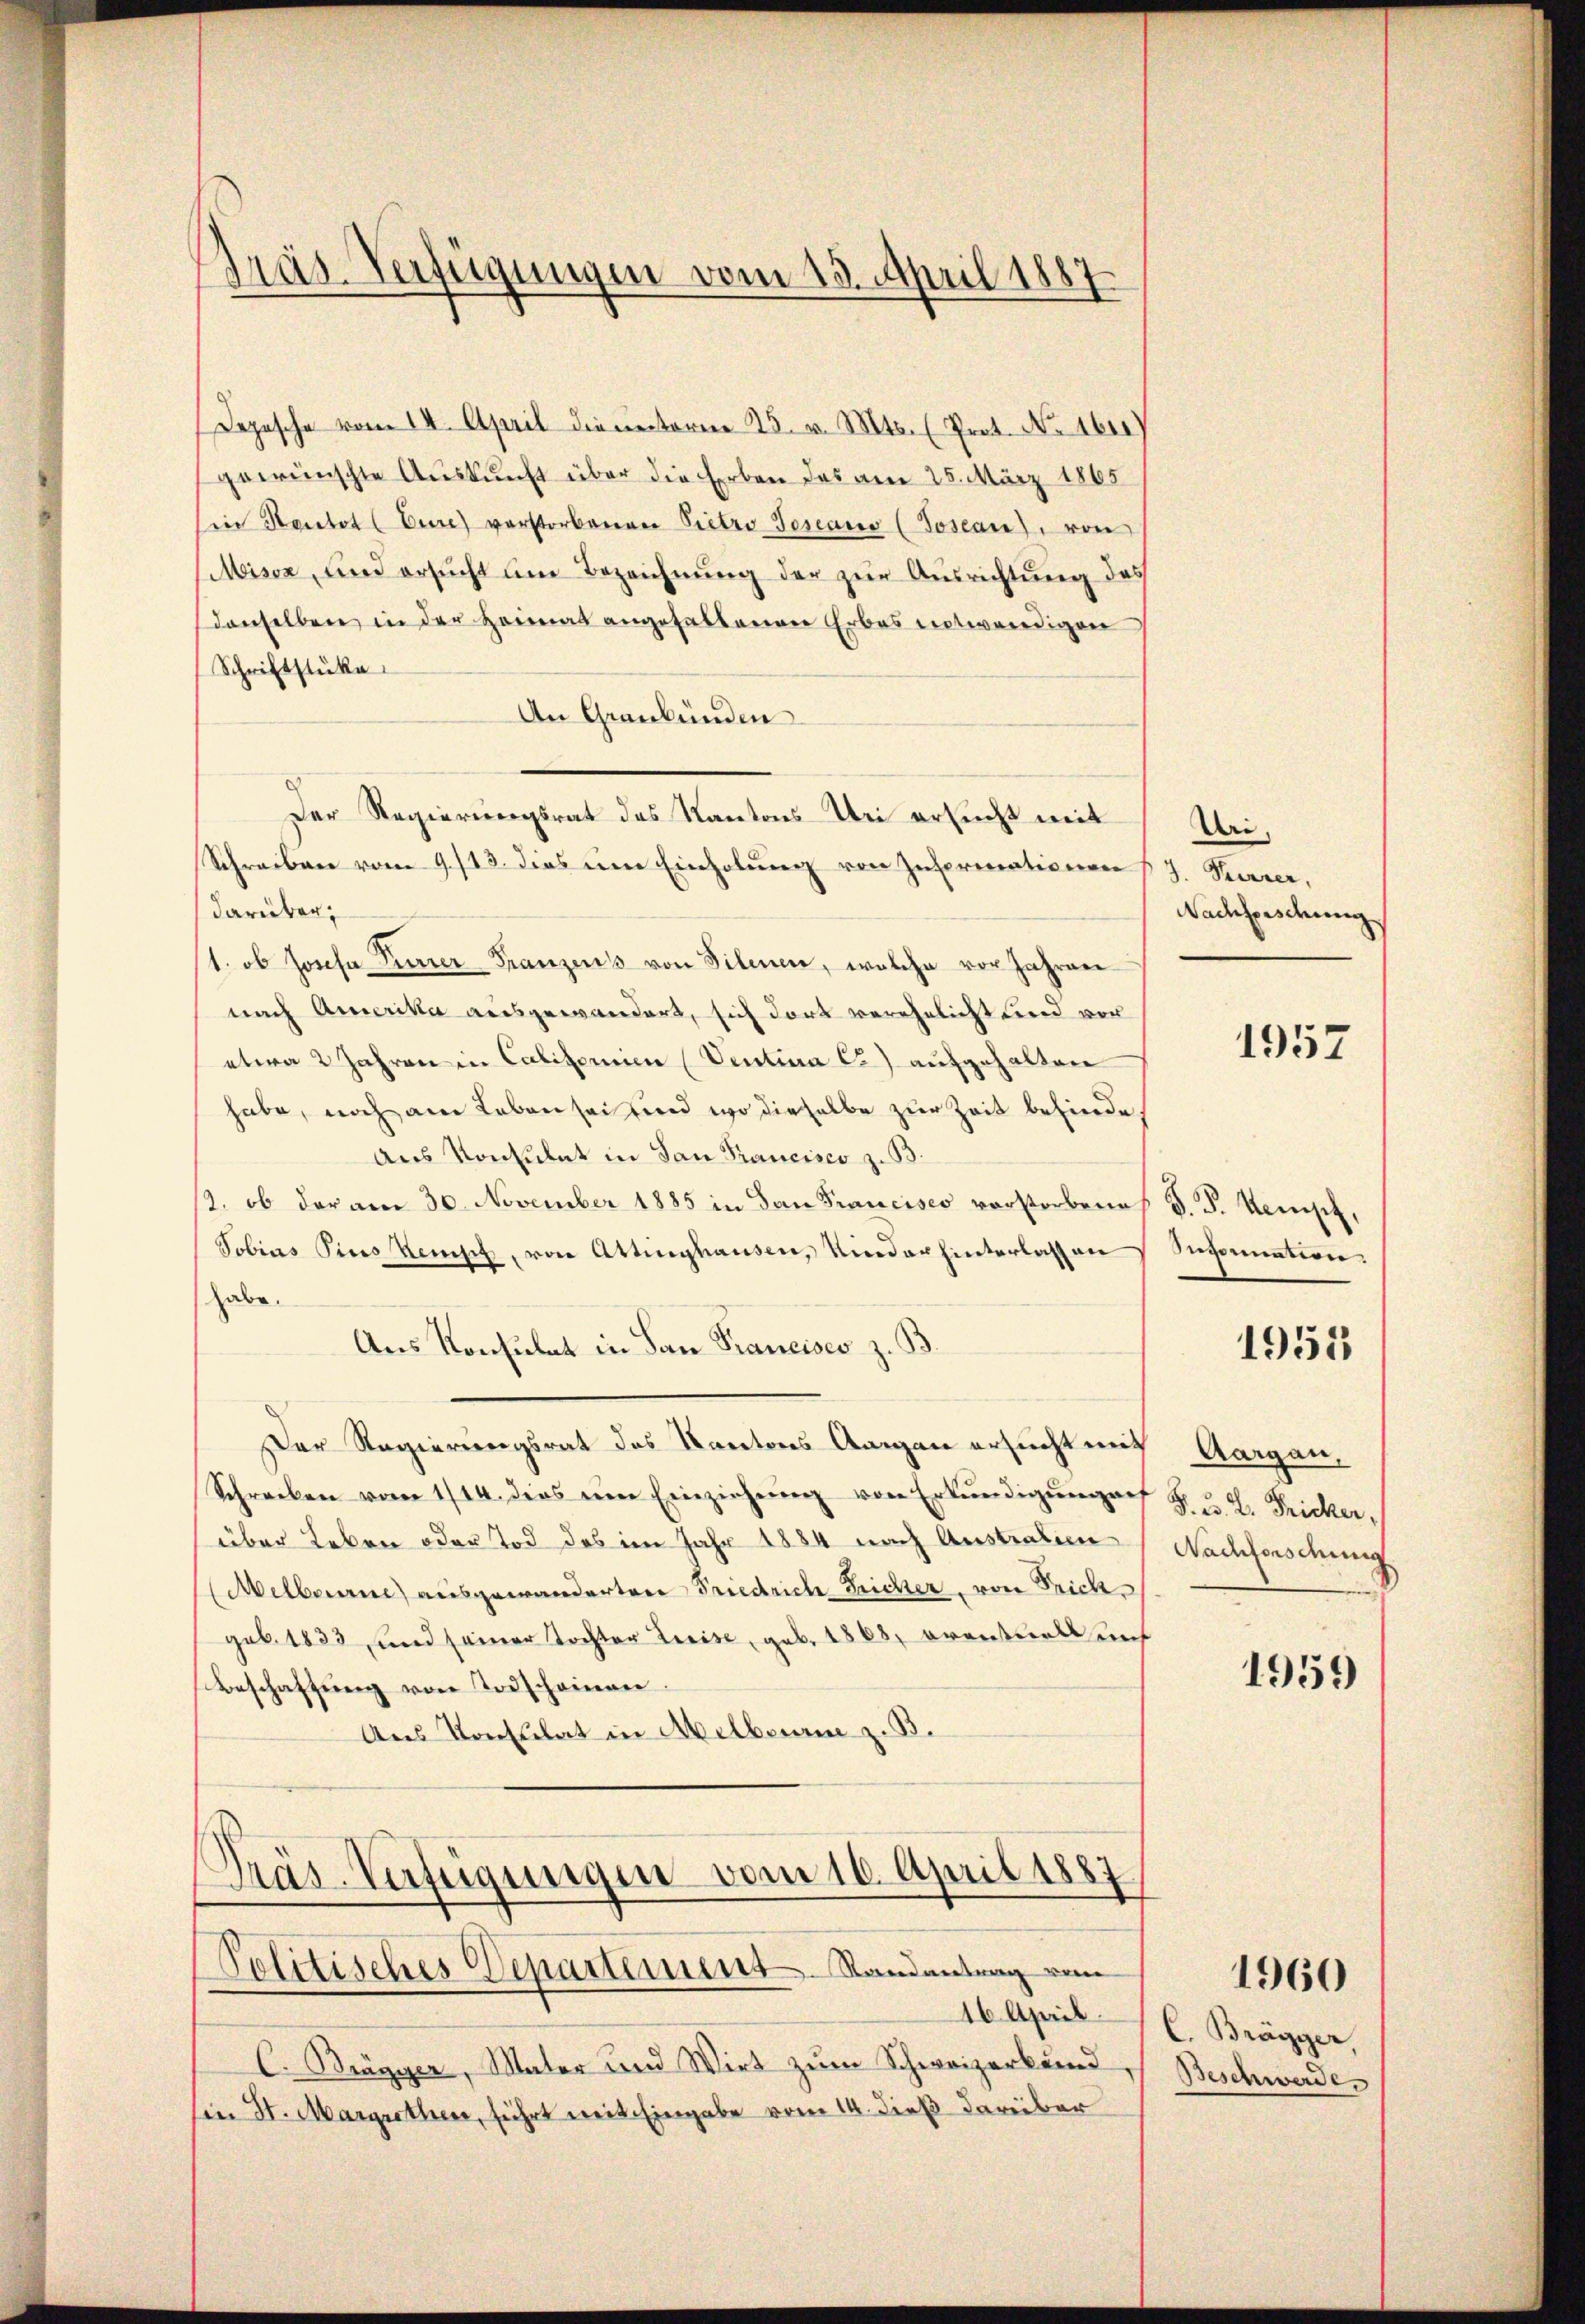
Gräs-Verfügungen vom 13. April 1887

Depesche vom II. April die unteren 25. v. Mts. (Prot. No. 1610)
gewünschte Auskunft über die Erben des am 25. März 1865
Ein Kantot (Eure) verstorbenen Pietro Toscano (Tosean), von
Misox, und ersucht um Bezeichnung der zur Ausrichtung des
denselben in der Heimat angehaltenen Erbas entwendigen
Schriftstücke
An Graubünden
Der Regierungsrat des Kantons Uri ersucht mit
Schreiben vom 9./13. dies um Einholung von Informationen
darüber,
1. ob Josefa Furrer Franzens von Filenen, welche vor Jahren
nach Amerika ausgewandert, sich dort verehelicht und vor
etwa 2 Jahren in Calitorien (Ventina c.) aufgehalten
habe, noch am Leben sei sind wo dieselbe zur Zeit befinde,
aus Konsulat in San Francisco z. B.
/2. ob der am 30. November 1885 in dan Francisco verstorbenes V. P. Konst,
Sobins Pins Remisch, von Attinghausen, Nieder hinterlass an
habe.
Aus Konsulat in dan Francises z. B.
Der Regierungsrat des Kantons Aargau ersucht mit
Schreiben vom 1/14. dies eine Einziehŭng von Erkŭndigŭng auf S. u. H. Fricker,
über Leben oder Tod des im Jahr 1884 nach Anstratien
Melbauern) ausgewanderten Friedrich Reicher, von Trich
geb. 1833, und seiner Tochter Kreise, geb. 1868, eventuels auf
Beschaftŭng von Todschainen.
Aus Konsulat in Melbourie z. B.

Präs. Verfügungen vom 16. April 1887
Politisches Departement. Randantrag vom
—

C. Brägger, Mater und Wirt zum Schweizerkund
Ein St. Margrethen, führt mit Eingabe vom 14. dieß darüber

16 April.

Uri,
J. Herrer,
Nachforschung

1957

Information

1951

Aargau,
Nachforsduig

1959

1960

C. Brägger
Beschwerde